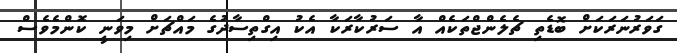
ގަވަރުނަރަކަށް ބޮޑެތި ޗެލެންޖްތަކެއް އާ ސަރުކާރަކާ އެކު އިގްތިސާދުގެ މައްޗަށް މިވަނީ ކޮންމެވެސް